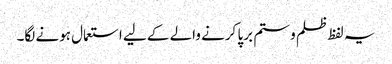
یہ لفظ ظلم و ستم برپا کرنے والے کے لیے استعمال ہونے لگا۔